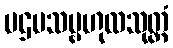
ပဌမသမ္ဗဟုလသုတ္တံ